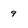
Character: 9